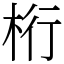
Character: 桁